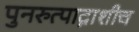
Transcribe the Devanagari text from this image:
पुनरुत्पाद्नाशीच